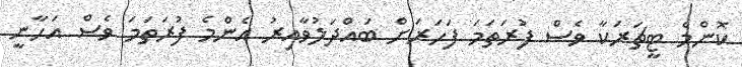
ކޮންމެ ޓީޗަރަކާ ވެސް ފުރަތަމަ ފަހަރަށް ބައްދަލުވާއިރު އެންމެ ފުރަތަމަ ވެސް އަހާނީ